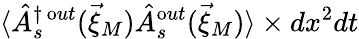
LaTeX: \langle\hat{A}_{s}^{\dagger\, \mathrm out}(\vec{\xi}_{M})\hat{A}_{s}^{\mathrm out}(\vec{\xi}_{M})\rangle\times dx^{2}dt